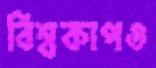
বিশ্বকাপও